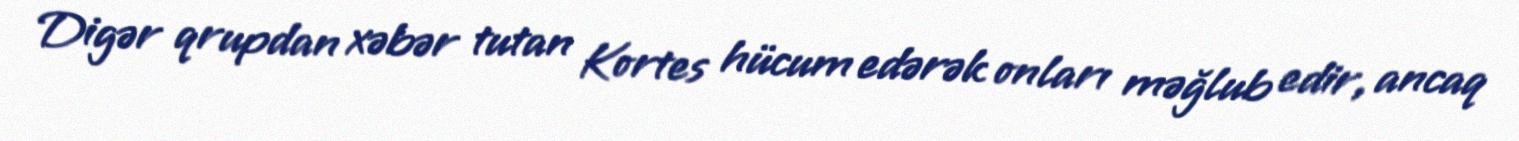
Digər qrupdan xəbər tutan Kortes hücum edərək onları məğlub edir, ancaq